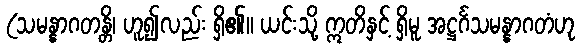
(သမန္နာဂတန္တိ၊ ဟူ၍လည်း ရှိ၏။ ယင်းသို့ ဣတိနှင့် ရှိမူ အဋ္ဌင်္ဂသမန္နာဂတံဟု